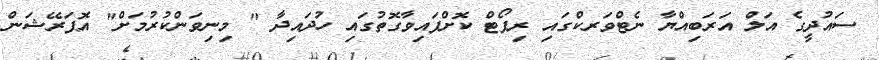
ސައުދީގެ އަލް އަރަބިއްޔާ ނެޓްވަރކްގައި ރިޕޯޓް ކޮށްފައިވާގޮތުގައި ހުދައިދާ " މިނިވަންކުރުމަށް" އޮޕަރޭޝަން